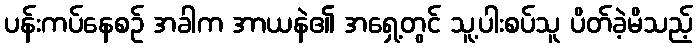
ပန်းကပ်နေစဉ် အခါက အာယနဲ၏ အရှေ့တွင် သူ့ပါးစပ်သူ ပိတ်ခဲ့မိသည့်